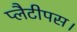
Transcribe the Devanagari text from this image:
प्लैटीपस।